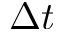
\Delta t